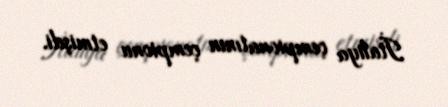
İtaliya çempionatının çempionu etmişdi.